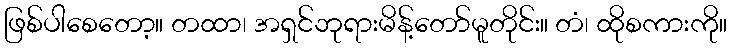
ဖြစ်ပါစေတော့။ တထာ၊ အရှင်ဘုရားမိန့်တော်မူတိုင်း။ တံ၊ ထိုစကားကို။